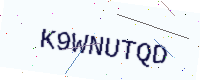
Text: K9WNUTQD